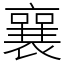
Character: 襄